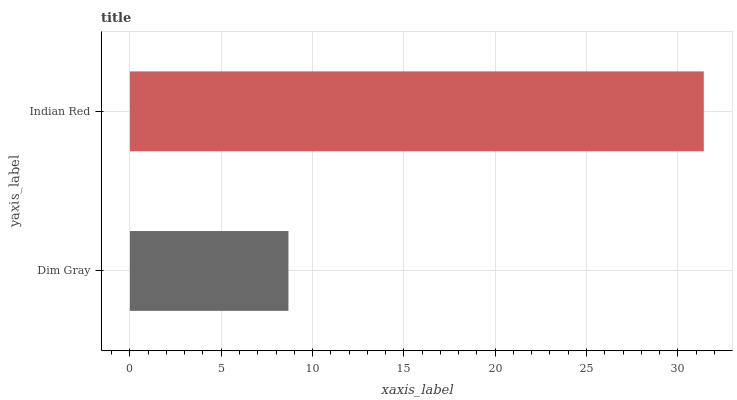
| yaxis_label | bars |
 | --- | --- |
 | Dim Gray | 8.68 |
 | Indian Red | 31.4 |